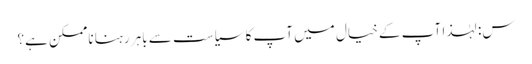
س: لہٰذا آپ کے خیال میں آپ کا سیاست سے باہر رہنا ناممکن ہے؟